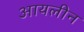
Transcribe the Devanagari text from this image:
आयलीन